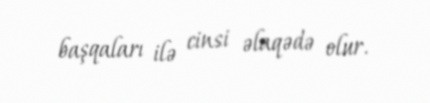
başqaları ilə cinsi əlaqədə olur.